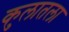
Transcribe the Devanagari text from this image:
कुलातला